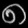
Digit: ၈